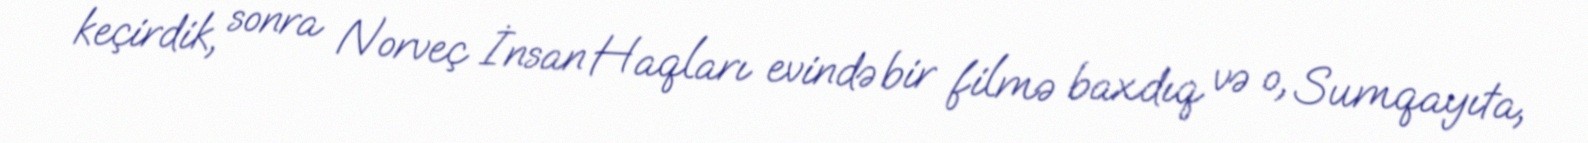
keçirdik, sonra Norveç İnsan Haqları evində bir filmə baxdıq və o, Sumqayıta,